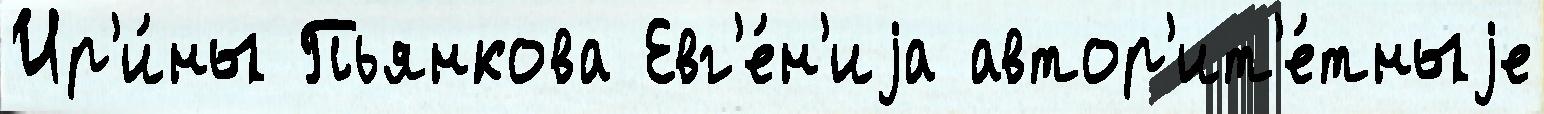
Ир'и́ны Пьянкова Евг'е́н'иjа автор'ит'е́тныjе